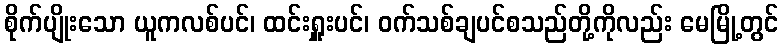
စိုက်ပျိုးသော ယူကလစ်ပင်၊ ထင်းရှူးပင်၊ ဝက်သစ်ချပင်စသည်တို့ကိုလည်း မေမြို့တွင်